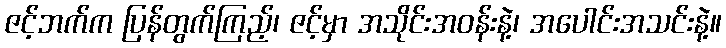
ဇင့်ဘက်က ပြန်တွက်ကြည့်၊ ဇင့်မှာ အသိုင်းအဝန်းနဲ့၊ အပေါင်းအသင်းနဲ့။